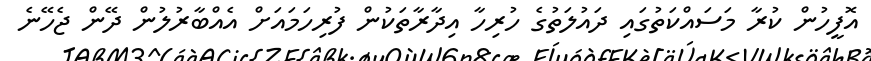
އޮފީހުން ކުރާ މަސައްކަތުގައި ދައުލަތުގެ ހުރިހާ އިދާރާތަކުން ފުރިހަމައަށް އެއްބާރުލުން ދޭން ޖެހޭނެ